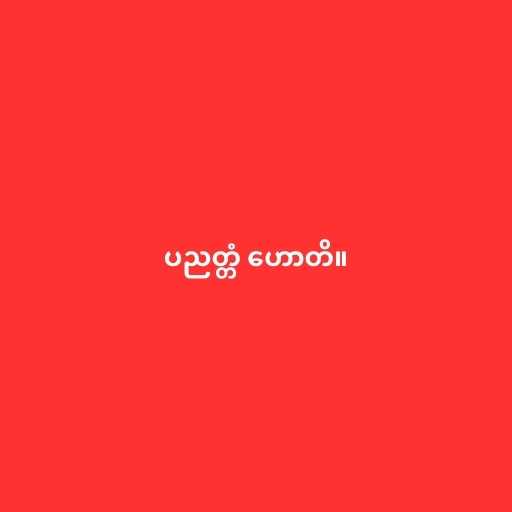
ပညတ္တံ ဟောတိ။